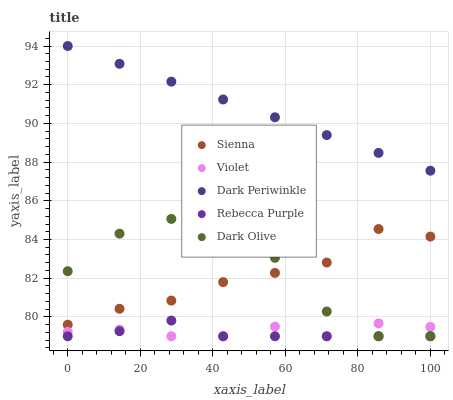
| xaxis_label | Sienna | Violet | Dark Periwinkle | Rebecca Purple | Dark Olive |
 | --- | --- | --- | --- | --- | --- |
 | 0 | 79.6 | 79.2 | 94 | 79 | 82.4 |
 | 14.3 | 80.4 | 79.3 | 93.1 | 79.3 | 84.3 |
 | 28.6 | 80.8 | 79 | 92.2 | 79.8 | 85.1 |
 | 42.9 | 81.8 | 79 | 91.2 | 79 | 84.6 |
 | 57.1 | 82.3 | 79.5 | 90.3 | 79 | 83.1 |
 | 71.4 | 82.8 | 79 | 89.4 | 79 | 80.3 |
 | 85.7 | 84.5 | 79.7 | 88.5 | 79 | 79 |
 | 100 | 84.2 | 79.5 | 87.6 | 79 | 79 |